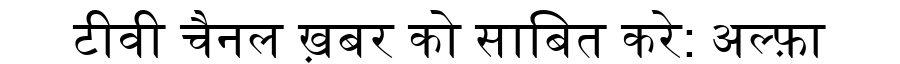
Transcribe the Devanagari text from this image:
टीवी चैनल ख़बर को साबित करे: अल्फ़ा